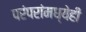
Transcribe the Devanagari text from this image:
परंपरांमध्येही